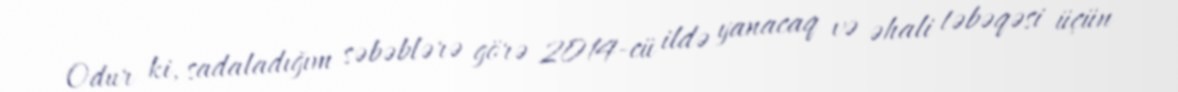
Odur ki, sadaladığım səbəblərə görə 2014-cü ildə yanacaq və əhali təbəqəsi üçün